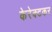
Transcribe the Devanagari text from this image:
केरेक्टकर